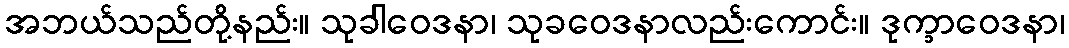
အဘယ်သည်တို့နည်း။ သုခါဝေဒနာ၊ သုခဝေဒနာလည်းကောင်း။ ဒုက္ခာဝေဒနာ၊